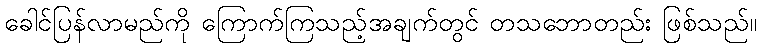
ခေါင်ပြန်လာမည်ကို ကြောက်ကြသည့်အချက်တွင် တသဘောတည်း ဖြစ်သည်။